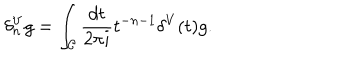
\delta _ { n } ^ { V } g = \int _ { \cal C } { \frac { d t } { 2 \pi i } } t ^ { - n - 1 } \delta ^ { V } ( t ) g .